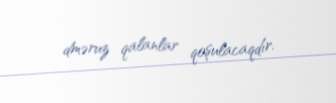
dməruz qalanlar qoşulacaqdır.